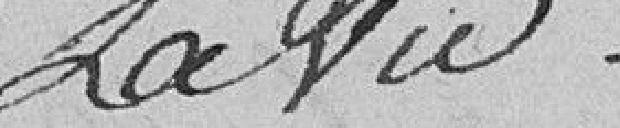
Savio